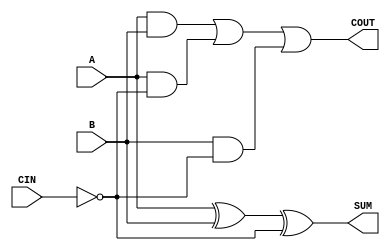
module sky130_fd_sc_hd__fahcin_3 (
    COUT,
    SUM ,
    A   ,
    B   ,
    CIN
);
    output COUT;
    output SUM ;
    input  A   ;
    input  B   ;
    input  CIN ;
    wire ci          ;
    wire xor0_out_SUM;
    wire a_b         ;
    wire a_ci        ;
    wire b_ci        ;
    wire or0_out_COUT;
    not not0 (ci          , CIN            );
    xor xor0 (xor0_out_SUM, A, B, ci       );
    buf buf0 (SUM         , xor0_out_SUM   );
    and and0 (a_b         , A, B           );
    and and1 (a_ci        , A, ci          );
    and and2 (b_ci        , B, ci          );
    or  or0  (or0_out_COUT, a_b, a_ci, b_ci);
    buf buf1 (COUT        , or0_out_COUT   );
endmodule